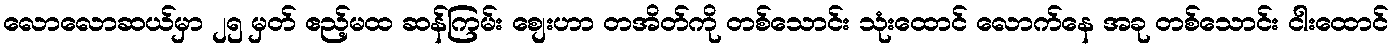
လောလောဆယ်မှာ ၂၅ မှတ် ဧည့်မထ ဆန်ကြမ်း စျေးဟာ တအိတ်ကို တစ်သောင်း သုံးထောင် လောက်နေ အခု တစ်သောင်း ငါးထောင်